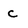
Character: c